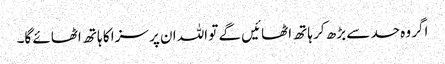
اگر وہ حد سے بڑھ کر ہاتھ اٹھائیں گے تو اللہ ان پر سزا کا ہاتھ اٹھائے گا۔